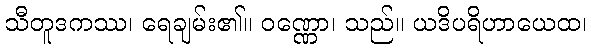
သီတူဒကဿ၊ ရေချမ်း၏။ ဝဏ္ဏော၊ သည်။ ယဒိပရိဟာယေထ၊